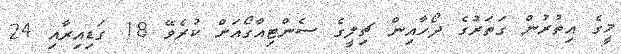
މީގެ އިތުރުން ގަތަރުގެ ދޯހާއިން ޗިލީގެ ސެންޓިއާގޯއަށް ކުރެވޭ 18 ގަޑިއިރާއި 24